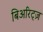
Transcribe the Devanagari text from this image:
बिअरिट्ज़